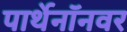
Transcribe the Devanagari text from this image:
पार्थेनॉनवर